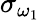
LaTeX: \sigma_{\omega_{1}}